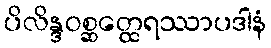
ပိလိန္ဒဝစ္ဆတ္ထေရဿာပဒါနံ